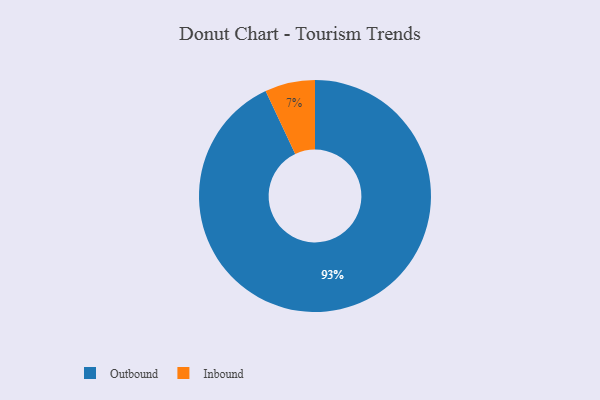
{"axis": {"x": "Category", "y": "Percentage"}, "legend": ["Inbound", "Outbound"], "data": [{"x": "Inbound", "y": 7, "type": "Inbound"}, {"x": "Outbound", "y": 93, "type": "Outbound"}]}